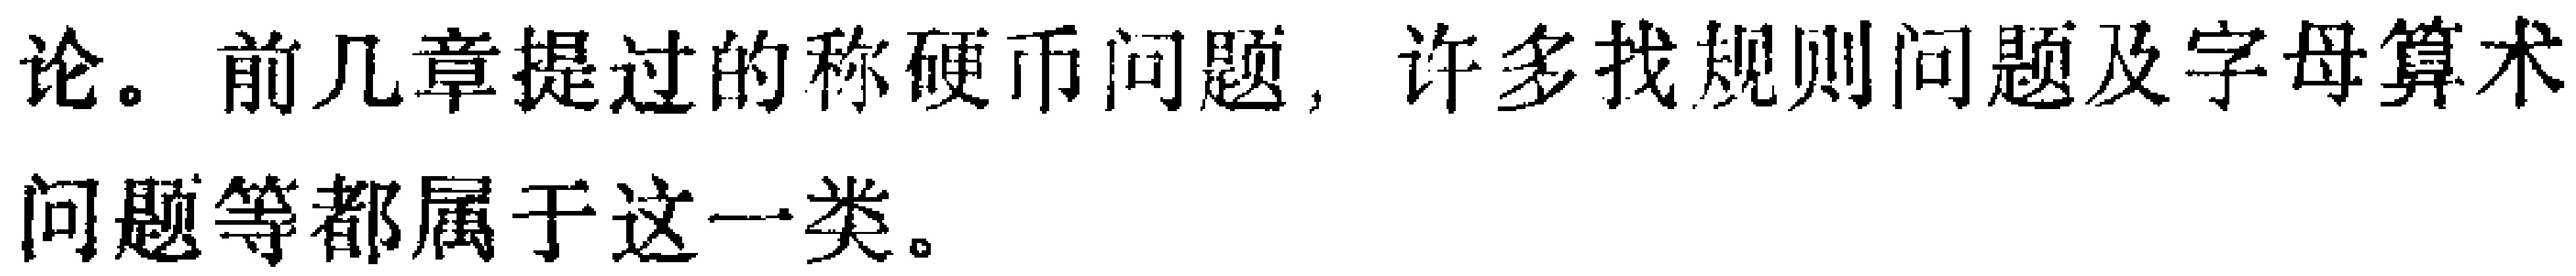
论。前几章提过的称硬币问题，许多找规则问题及字母算术问题等都属于这一类。